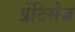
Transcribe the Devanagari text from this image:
प्रेंटिसेज